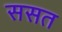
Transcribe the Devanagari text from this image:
ससत